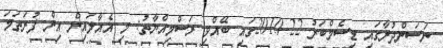
ނަސަންދުރާގައި ޑިސެމްބަރު 22 2010ގައި ބޭއްވި ރަސްމިއްޔާތު: މި އެއާލައިން އިން ފުރަތަމަ